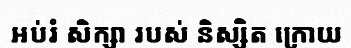
អប់រំ សិក្សា របស់ និស្សិត ក្រោយ